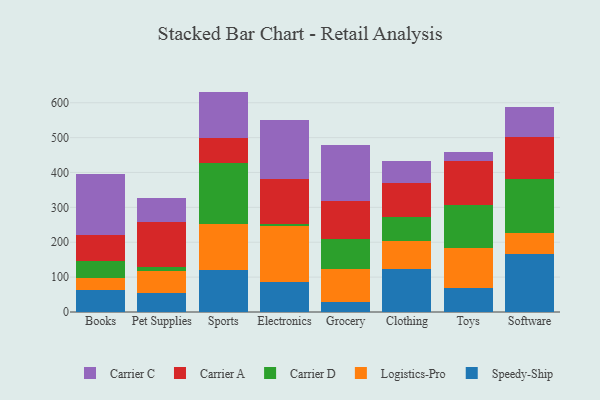
{"axis": {"x": "Category", "y": "Tickets Resolved"}, "legend": ["Carrier A", "Carrier C", "Carrier D", "Logistics-Pro", "Speedy-Ship"], "data": [{"x": "Books", "y": 63.3, "type": "Speedy-Ship"}, {"x": "Books", "y": 33.0, "type": "Logistics-Pro"}, {"x": "Books", "y": 48.7, "type": "Carrier D"}, {"x": "Books", "y": 76.9, "type": "Carrier A"}, {"x": "Books", "y": 174.8, "type": "Carrier C"}, {"x": "Pet Supplies", "y": 54.4, "type": "Speedy-Ship"}, {"x": "Pet Supplies", "y": 63.5, "type": "Logistics-Pro"}, {"x": "Pet Supplies", "y": 12.0, "type": "Carrier D"}, {"x": "Pet Supplies", "y": 128.8, "type": "Carrier A"}, {"x": "Pet Supplies", "y": 68.0, "type": "Carrier C"}, {"x": "Sports", "y": 120.5, "type": "Speedy-Ship"}, {"x": "Sports", "y": 131.9, "type": "Logistics-Pro"}, {"x": "Sports", "y": 174.8, "type": "Carrier D"}, {"x": "Sports", "y": 72.7, "type": "Carrier A"}, {"x": "Sports", "y": 132.0, "type": "Carrier C"}, {"x": "Electronics", "y": 85.6, "type": "Speedy-Ship"}, {"x": "Electronics", "y": 161.0, "type": "Logistics-Pro"}, {"x": "Electronics", "y": 5.8, "type": "Carrier D"}, {"x": "Electronics", "y": 130.2, "type": "Carrier A"}, {"x": "Electronics", "y": 167.2, "type": "Carrier C"}, {"x": "Grocery", "y": 29.3, "type": "Speedy-Ship"}, {"x": "Grocery", "y": 93.5, "type": "Logistics-Pro"}, {"x": "Grocery", "y": 87.5, "type": "Carrier D"}, {"x": "Grocery", "y": 107.7, "type": "Carrier A"}, {"x": "Grocery", "y": 161.6, "type": "Carrier C"}, {"x": "Clothing", "y": 122.2, "type": "Speedy-Ship"}, {"x": "Clothing", "y": 81.2, "type": "Logistics-Pro"}, {"x": "Clothing", "y": 69.8, "type": "Carrier D"}, {"x": "Clothing", "y": 98.0, "type": "Carrier A"}, {"x": "Clothing", "y": 60.4, "type": "Carrier C"}, {"x": "Toys", "y": 69.6, "type": "Speedy-Ship"}, {"x": "Toys", "y": 115.1, "type": "Logistics-Pro"}, {"x": "Toys", "y": 123.0, "type": "Carrier D"}, {"x": "Toys", "y": 123.9, "type": "Carrier A"}, {"x": "Toys", "y": 27.3, "type": "Carrier C"}, {"x": "Software", "y": 165.3, "type": "Speedy-Ship"}, {"x": "Software", "y": 61.3, "type": "Logistics-Pro"}, {"x": "Software", "y": 154.6, "type": "Carrier D"}, {"x": "Software", "y": 121.7, "type": "Carrier A"}, {"x": "Software", "y": 83.6, "type": "Carrier C"}]}